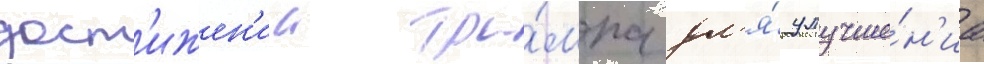
дост'ижен'ии тра́мпа дл'я́ улучше́н'иа